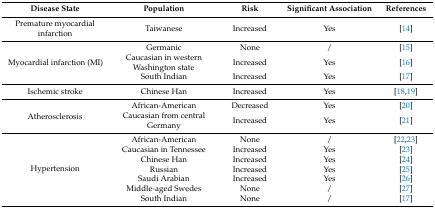
<table><thead><tr><td><b>Disease State</b></td><td><b>Population</b></td><td><b>Risk</b></td><td><b>Significant Association</b></td><td><b>References</b></td></tr></thead><tbody><tr><td>Premature myocardial infarction</td><td>Taiwanese</td><td>Increased</td><td>Yes</td><td>[14]</td></tr><tr><td rowspan="3">Myocardial infarction (MI)</td><td>Germanic</td><td>None</td><td>/</td><td>[15]</td></tr><tr><td>Caucasian in western Washington state</td><td>Increased</td><td>Yes</td><td>[16]</td></tr><tr><td>South Indian</td><td>Increased</td><td>Yes</td><td>[17]</td></tr><tr><td>Ischemic stroke</td><td>Chinese Han</td><td>Increased</td><td>Yes</td><td>[18,19]</td></tr><tr><td rowspan="2">Atherosclerosis</td><td>African-American</td><td>Decreased</td><td>Yes</td><td>[20]</td></tr><tr><td>Caucasian from central Germany</td><td>Increased</td><td>Yes</td><td>[21]</td></tr><tr><td rowspan="7">Hypertension</td><td>African-American</td><td>None</td><td>/</td><td>[22,23]</td></tr><tr><td>Caucasian in Tennessee</td><td>Increased</td><td>Yes</td><td>[23]</td></tr><tr><td>Chinese Han</td><td>Increased</td><td>Yes</td><td>[24]</td></tr><tr><td>Russian</td><td>Increased</td><td>Yes</td><td>[25]</td></tr><tr><td>Saudi Arabian</td><td>Increased</td><td>Yes</td><td>[26]</td></tr><tr><td>Middle-aged Swedes</td><td>None</td><td>/</td><td>[27]</td></tr><tr><td>South Indian</td><td>None</td><td>/</td><td>[17]</td></tr></tbody></table>